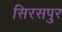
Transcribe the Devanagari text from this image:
सिरसपुर